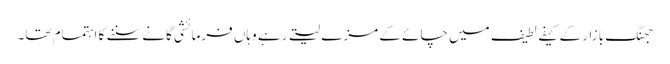
جھنگ بازار کے کیفے لطیف میں چائے کے مزے لیتے رہے وہاں فرمائشی گانے سننے کا اہتمام تھا۔